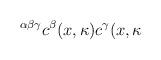
LaTeX: \begin{align*}^{\alpha \beta \gamma }c^{\beta }(x,\kappa )c^{\gamma }(x,\kappa\end{align*}